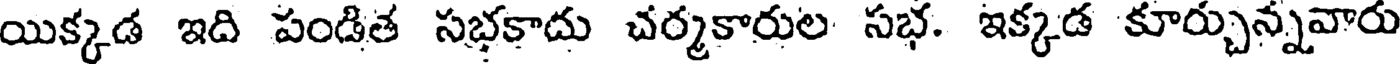
యిక్కడ ఇది పండిత సభకాదు చర్మకారుల సభ. ఇక్కడ కూర్చున్నవారు